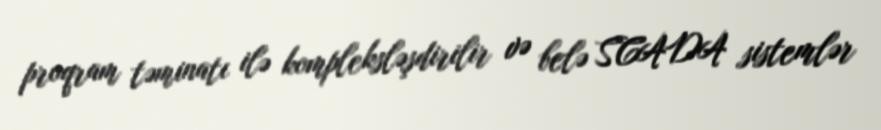
proqram təminatı ilə kompleksləşdirilir və belə SCADA sistemlər